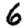
Digit: 6